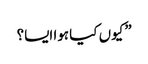
” کیوں کیا ہوا ایسا؟